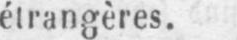
étrangères.